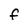
Character: F